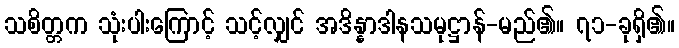
သစိတ္တက သုံးပါးကြောင့် သင့်လျှင် အဒိန္နာဒါနသမုဋ္ဌာန်-မည်၏။ ၇၁-ခုရှိ၏။